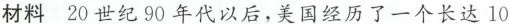
材料 20世纪90年代以后，美国经历了一个长达10